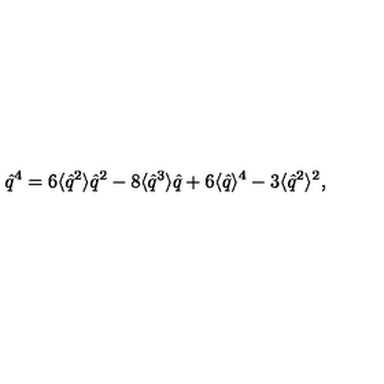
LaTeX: \hat { q } ^ { 4 } = 6 \langle \hat { q } ^ { 2 } \rangle \hat { q } ^ { 2 } - 8 \langle \hat { q } ^ { 3 } \rangle \hat { q } + 6 \langle \hat { q } \rangle ^ { 4 } - 3 \langle \hat { q } ^ { 2 } \rangle ^ { 2 } ,